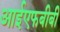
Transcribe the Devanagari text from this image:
आईएफबीबी